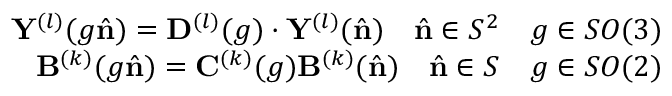
\begin{array} { r } { \mathbf { Y } ^ { ( l ) } ( g \hat { \mathbf { n } } ) = \mathbf { D } ^ { ( l ) } ( g ) \cdot \mathbf { Y } ^ { ( l ) } ( \hat { \mathbf { n } } ) \quad \hat { \mathbf { n } } \in S ^ { 2 } \quad g \in S O ( 3 ) } \\ { \mathbf { B } ^ { ( k ) } ( g \hat { \mathbf { n } } ) = \mathbf { C } ^ { ( k ) } ( g ) \mathbf { B } ^ { ( k ) } ( \hat { \mathbf { n } } ) \quad \hat { \mathbf { n } } \in S \quad g \in S O ( 2 ) } \end{array}